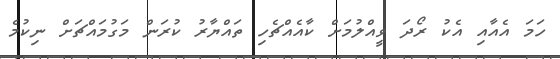
ހަމަ އެއާއި އެކު ރޯދަ ވީއްލުމަށް ކާއެއްޗެހި ތައްޔާރު ކުރަން މަގުމައްޗަށް ނިކުމެ